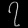
Digit: ၇